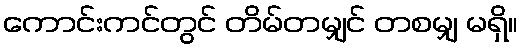
ကောင်းကင်တွင် တိမ်တမျှင် တစမျှ မရှိ။